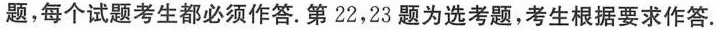
题，每个试题考生都必须作答.第22，23题为选考题，考生根据要求作答.